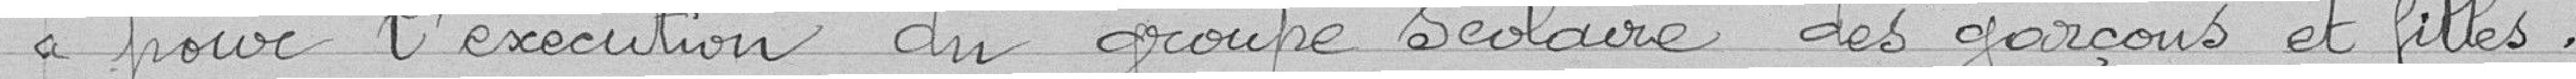
" pour l'exécution du groupe scolaire des garçons et filles.